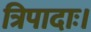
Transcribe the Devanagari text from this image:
त्रिपादाः।